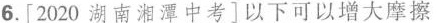
6.[2020湖南湘潭中考]以下可以增大摩擦